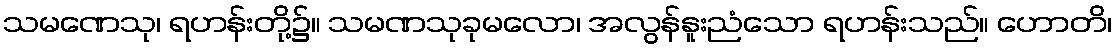
သမဏေသု၊ ရဟန်းတို့၌။ သမဏသုခုမလော၊ အလွန်နူးညံသော ရဟန်းသည်။ ဟောတိ၊